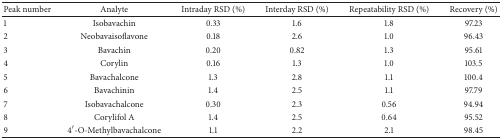
| Peak number | Analyte | Intraday RSD (%) | Interday RSD (%) | Repeatability RSD (%) | Recovery (%) |
 | --- | --- | --- | --- | --- | --- |
 | 1 | Isobavachin | 0.33 | 1.6 | 1.8 | 97.23 |
 | 2 | Neobavaisoflavone | 0.18 | 2.6 | 1.0 | 96.43 |
 | 3 | Bavachin | 0.20 | 0.82 | 1.3 | 95.61 |
 | 4 | Corylin | 0.16 | 1.3 | 1.0 | 103.5 |
 | 5 | Bavachalcone | 1.3 | 2.8 | 1.1 | 100.4 |
 | 6 | Bavachinin | 1.4 | 2.5 | 1.1 | 97.79 |
 | 7 | Isobavachalcone | 0.30 | 2.3 | 0.56 | 94.94 |
 | 8 | Corylifol A | 1.4 | 2.5 | 0.64 | 95.52 |
 | 9 | 4′-O-Methylbavachalcone | 1.1 | 2.2 | 2.1 | 98.45 |